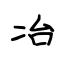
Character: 冶